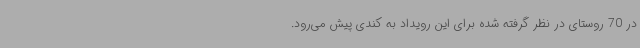
در 70 روستای در نظر گرفته شده برای این رویداد به کندی پیش می‌رود.